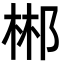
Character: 郴